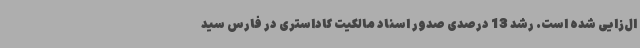
ال‌زایی شده است. رشد 13 درصدی صدور اسناد مالکیت کاداستری در فارس سید